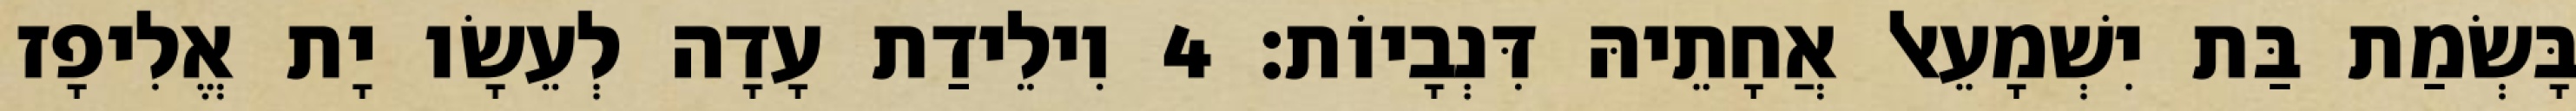
בָּשְׂמַת בַּת יִשְׁמָעֵאל אֲחָתֵיהּ דִּנְבָיוֹת׃ 4 וִילֵידַת עָדָה לְעֵשָׂו יָת אֱלִיפָז